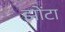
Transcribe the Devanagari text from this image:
झोंटा